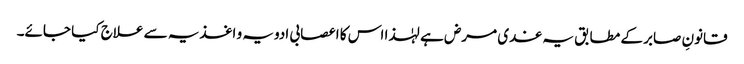
قانونِ صابر کے مطابق یہ غدی مرض ہے لہٰذا اس کا اعصابی ادویہ و اغذیہ سے علاج کیا جائے۔